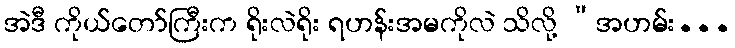
အဲဒီ ကိုယ်တော်ကြီးက ရိုးလဲရိုး ရဟန်းအမကိုလဲ သိလို့ “အဟမ်း...